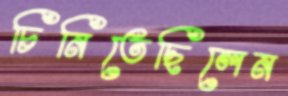
চিনিতেছিলেন